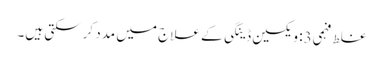
غلط فہمی3: ویکسین ڈینگی کے علاج میں مدد کرسکتی ہیں۔